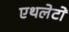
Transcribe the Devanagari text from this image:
एथलेटों